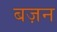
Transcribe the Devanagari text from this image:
बज़न